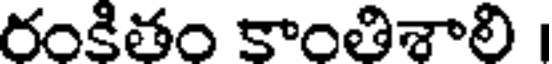
రంకితం కాంతిశాలి